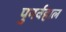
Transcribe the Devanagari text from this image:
पुनर्बहाल